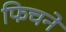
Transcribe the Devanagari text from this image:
फिचने